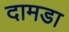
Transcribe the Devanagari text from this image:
दामडा